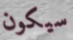
سيكون